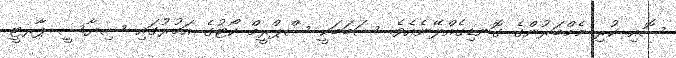
ސޮއި ކުރި މެމްބަރުންގެ ގޮނޑިގެއްލޭނެއެވެ. ސަބަބަކީ ސްޕްރީމް ކޯޓުގެ އަމުރުގައި ސިޔާސީ ޕާރޓީ